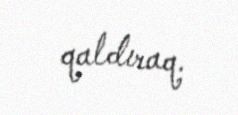
qaldıraq.